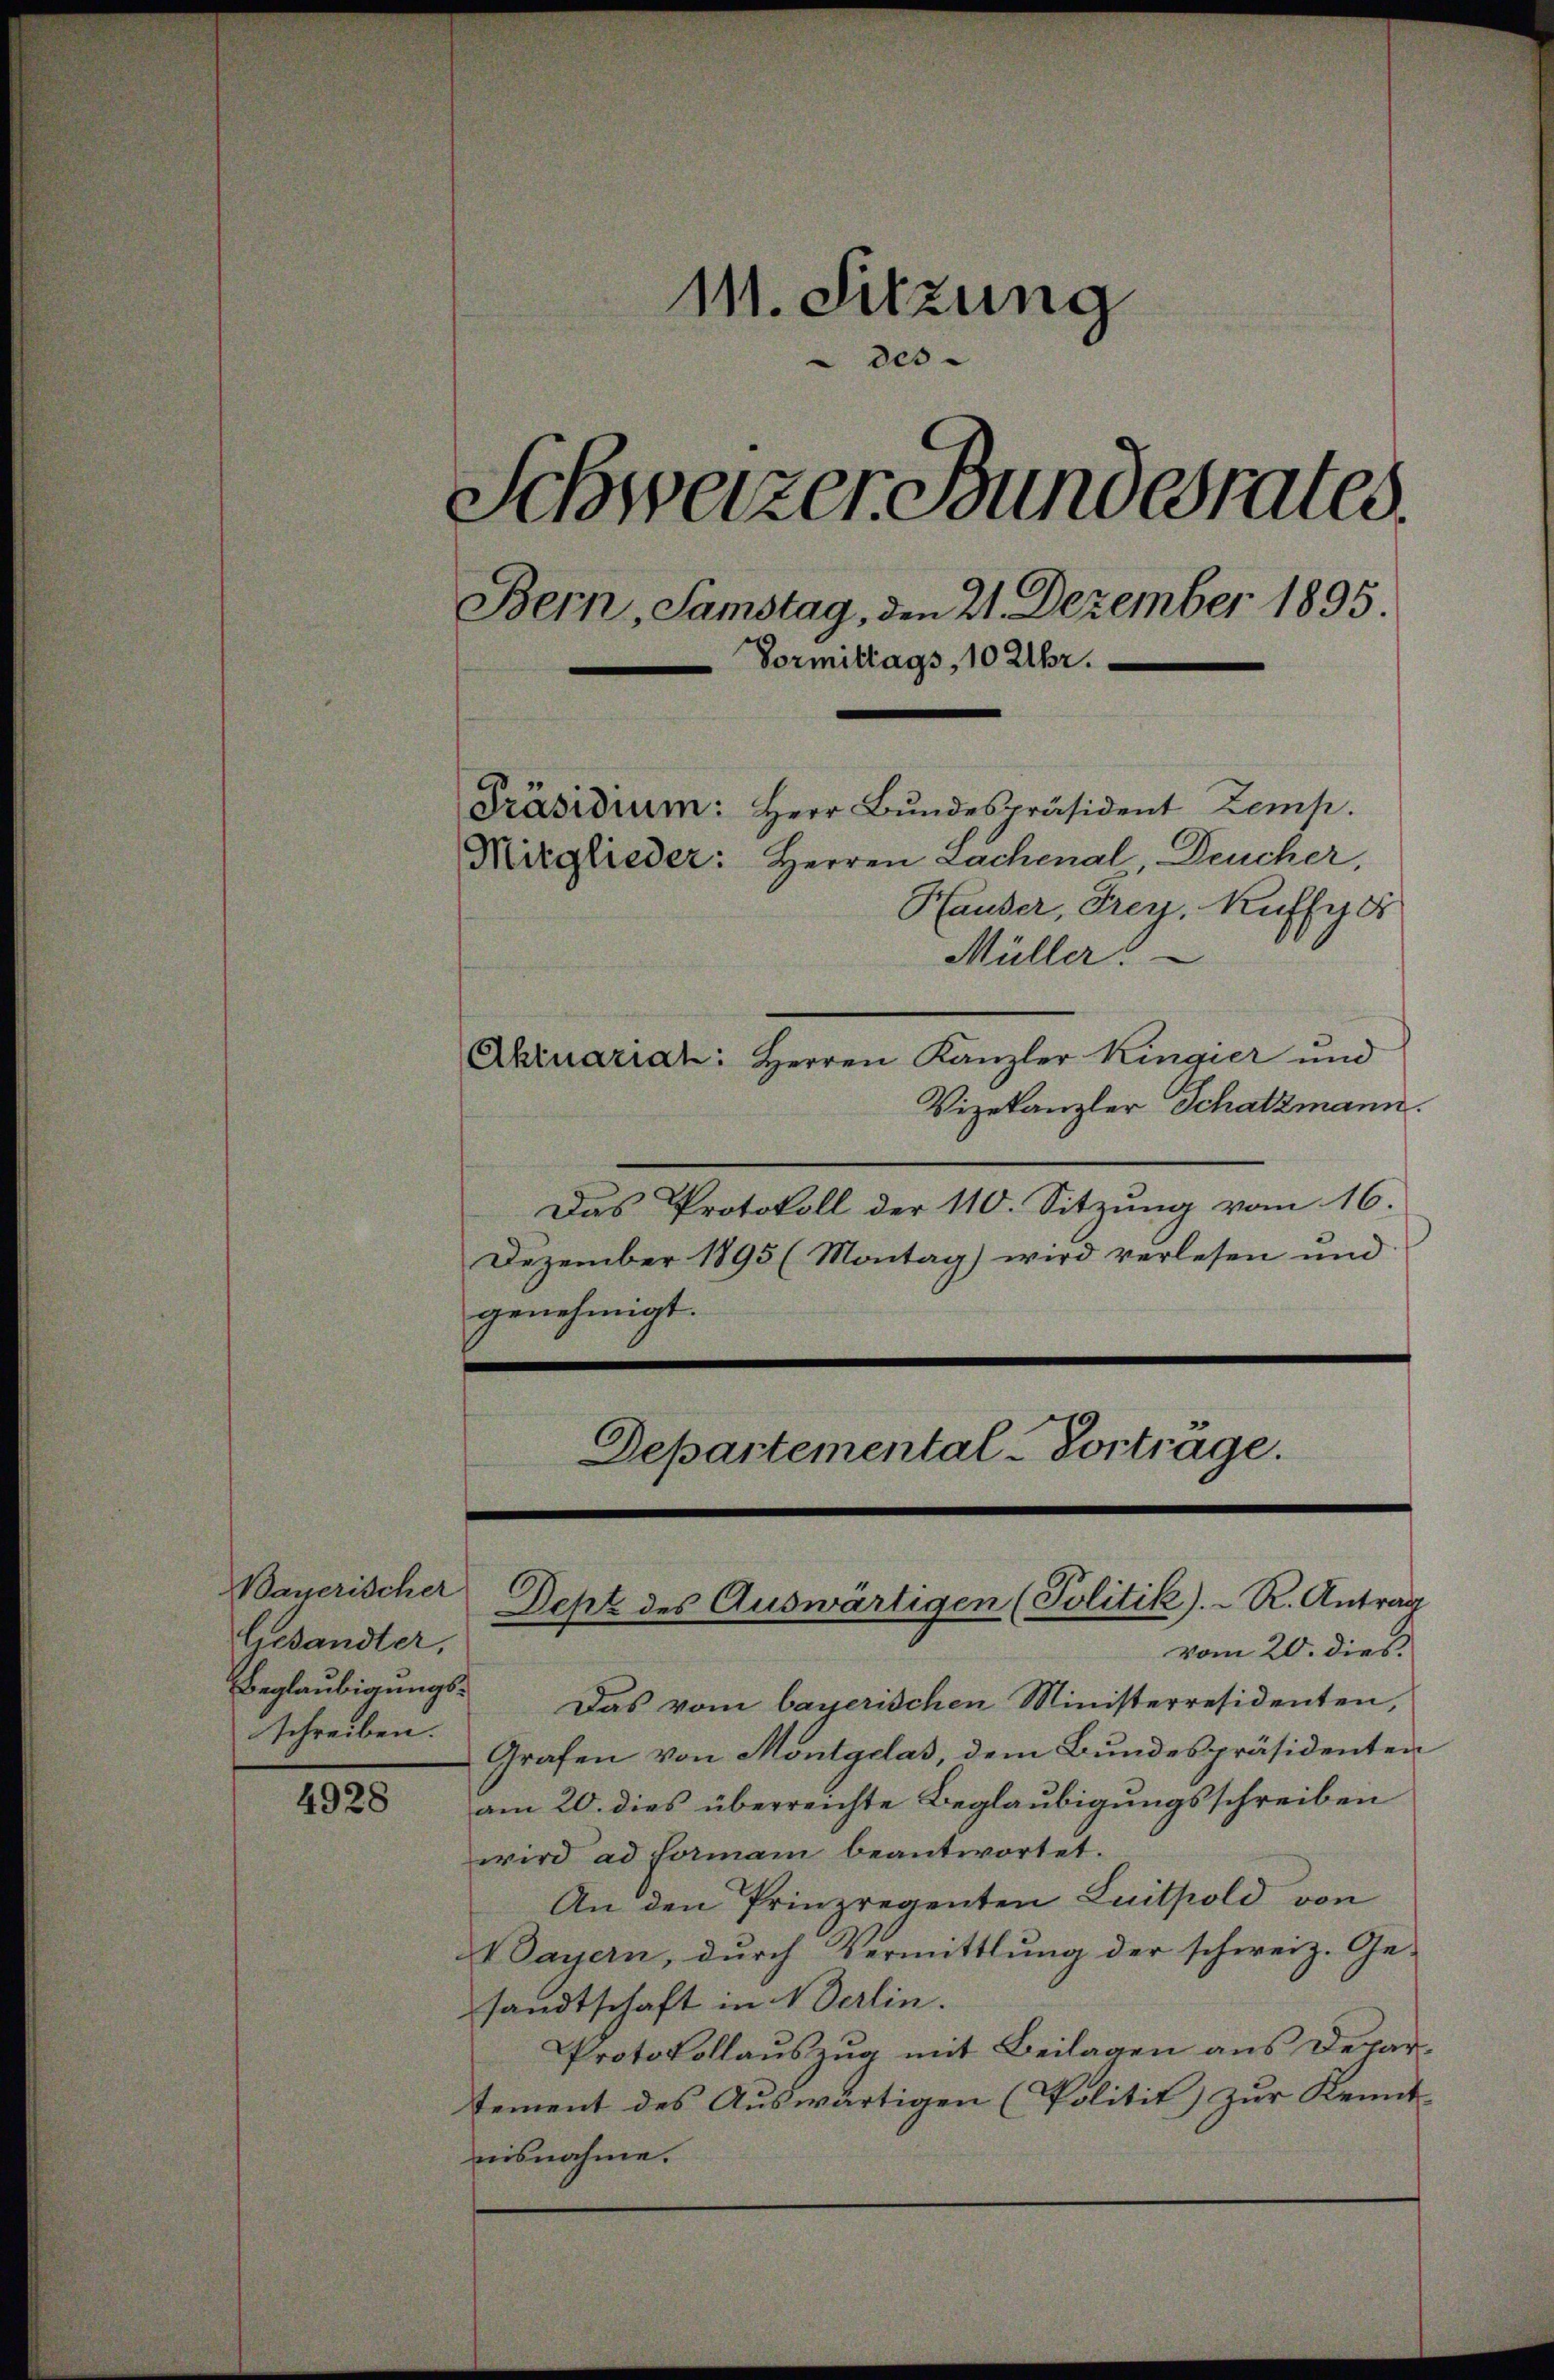
Bayerischer
lesandter,
schreiben.

4928

111. Sitzung
des
Schweizer Bundesrates.
Bern, Samstag, den 21. Dezember 1895.
Vormittags, 10 Uhr.
Präsidium: Herr Bŭndespräsident Zemp.
Mitglieder: Herren Lachenal, Deucher,
Hauder, Frey, Kuffyer
Müller!

Ahruariat: Herren Kanzler Kingier und
Vizekanzler Schatzmann
Das Protokoll der 110. Sitzung vom 16.
Dezember 1895 (Montag) wird verlesen und
genehmigt.

vom 20. dies
Beglaubigungs- Das vom bayerischen Ministerresidenten,
Grafen von Montgelas, dem Bundespräsidenten
am 20. dies überreichte Beglaubigungsschreiben
wird ad hormani beantwortet.
An den Prinzregenten Luitpold von
Dayern, durch Vermittlung der schweiz. Ge-
sandtschaft in derlin.
Protokollauszug mit Beilagen aus Departement des Auswärtigen (Politit) zur Kennt-
nisnahme.

Departemental-Vortrage.
Dept des Auswärtigen (Politik).- R. Antrag